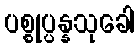
ပစ္စုပ္ပန္နသုခေါ